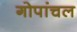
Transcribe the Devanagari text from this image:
गोपांचल